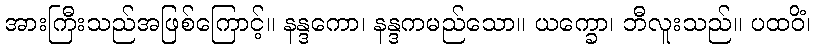
အားကြီးသည်အဖြစ်ကြောင့်။ နန္ဒကော၊ နန္ဒကမည်သော။ ယက္ခော၊ ဘီလူးသည်။ ပထဝိံ၊